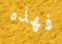
فهذه